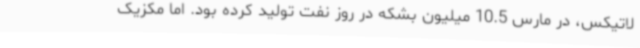
لاتیکس، در مارس 10.5 میلیون بشکه در روز نفت تولید کرده بود. اما مکزیک